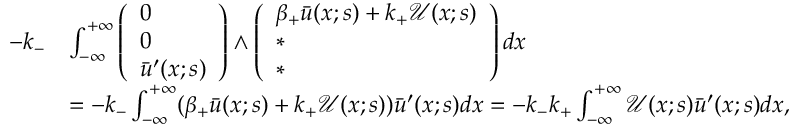
\begin{array} { r l } { - k _ { - } } & { \int _ { - \infty } ^ { + \infty } \left( \begin{array} { l } { 0 } \\ { 0 } \\ { \bar { u } ^ { \prime } ( x ; s ) } \end{array} \right) \wedge \left( \begin{array} { l } { \beta _ { + } \bar { u } ( x ; s ) + k _ { + } \mathcal { U } ( x ; s ) } \\ { * } \\ { * } \end{array} \right) d x } \\ & { = - k _ { - } \int _ { - \infty } ^ { + \infty } ( \beta _ { + } \bar { u } ( x ; s ) + k _ { + } \mathcal { U } ( x ; s ) ) \bar { u } ^ { \prime } ( x ; s ) d x = - k _ { - } k _ { + } \int _ { - \infty } ^ { + \infty } \mathcal { U } ( x ; s ) \bar { u } ^ { \prime } ( x ; s ) d x , } \end{array}